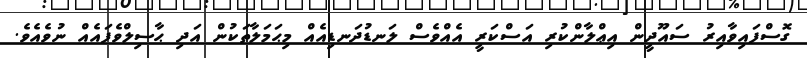
ގޮސްފައިވާއިރު ސައޫދީން އިޢްލާންކުރި އަސްކަރީ އެއްވެސް ލަނޑުދަނޑިއެއް މިޙަމަލާތަކުން އަދި ޙާސިލްވެފައެއް ނުވެއެވެ.